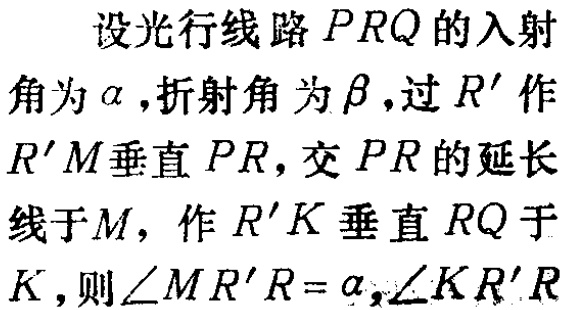
设光行线路 \(PRQ\) 的入射角为 \(\alpha\) ,折射角为 \(\beta\) ,过 \(R'\) 作 \(R'M\) 垂直 \(PR\)，交 \(PR\) 的延长线于 \(M\)，作 \(R'K\) 垂直 \(RQ\) 于 \(K\)，则 \(\angle MR'R = \alpha,\angle KR'R\)